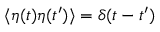
\langle \eta ( t ) \eta ( t ^ { \prime } ) \rangle = \delta ( t - t ^ { \prime } )